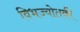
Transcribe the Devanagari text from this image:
विभज्योतकी